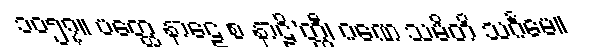
၁၀၅၇။ ပတ္ထေ နာဠေ စ နာဠိ’တ္ထီ၊ ဂဏေ သမိတိ သင်္ဂမေ။